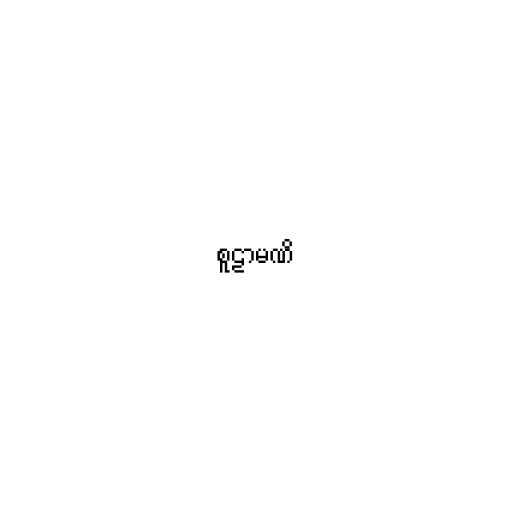
စူဠာမဏိ